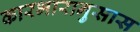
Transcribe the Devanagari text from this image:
कारभारानुसास